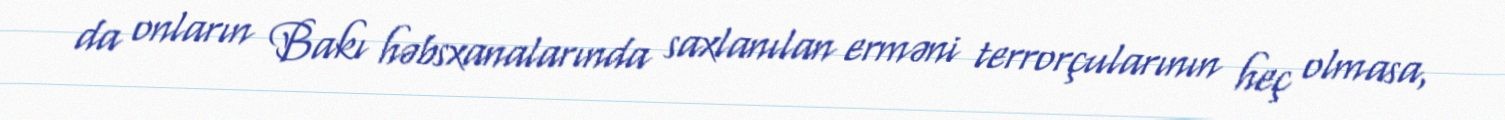
da onların Bakı həbsxanalarında saxlanılan erməni terrorçularının heç olmasa,